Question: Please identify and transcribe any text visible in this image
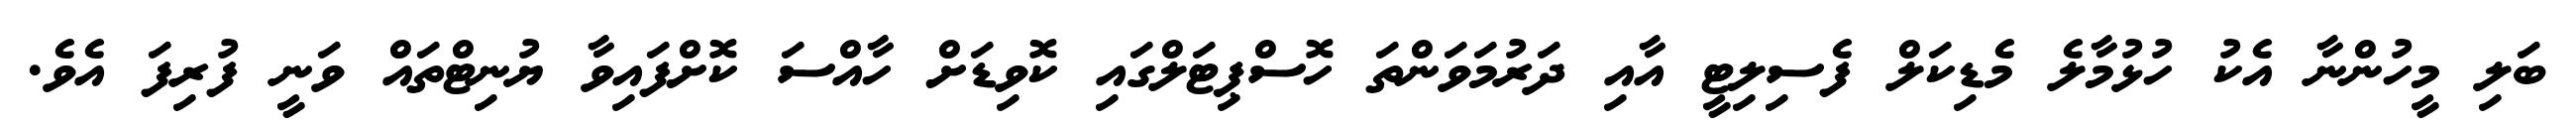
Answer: ބަލި މީހުންނާ އެކު ހުޅުމާލެ މެޑިކަލް ފެސިލިޓީ އާއި ދަރުމަވަންތަ ހޮސްޕިޓަލްގައި ކޮވިޑަށް ހާއްސަ ކޮށްފައިވާ ޔުނިޓްތައް ވަނީ ފުރިފަ އެވެ.